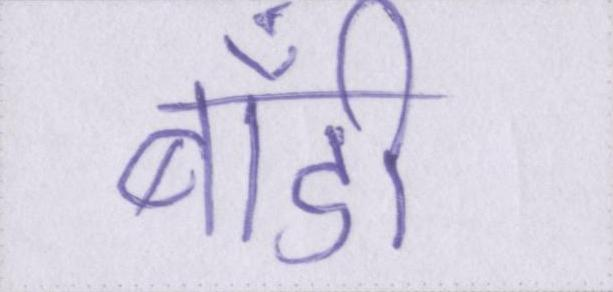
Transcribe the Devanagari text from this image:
बॉडी